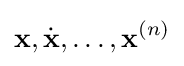
\mathbf {x} ,{\dot {\mathbf {x} }},\dots ,\mathbf {x} ^{(n)}